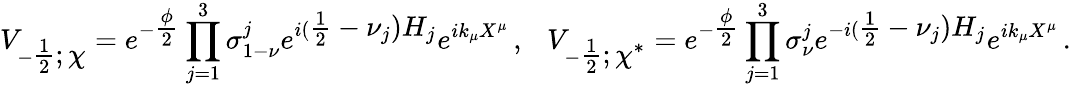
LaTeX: V_{-\textstyle{\frac{1}{2}};\chi}=e^{-\textstyle{\frac{\phi}{2}}}\prod_{j=1}^{3}\sigma_{1-\nu}^{j}e^{i(\textstyle{\frac{1}{2}}-\nu_{j})H_{j}}e^{ik_{\mu}X^{\mu}}\, ,\ \ \ V_{-\textstyle{\frac{1}{2}};\chi^{*}}=e^{-\textstyle{\frac{\phi}{2}}}\prod_{j=1}^{3}\sigma_{\nu}^{j}e^{-i(\textstyle{\frac{1}{2}}-\nu_{j})H_{j}}e^{ik_{\mu}X^{\mu}}\, .